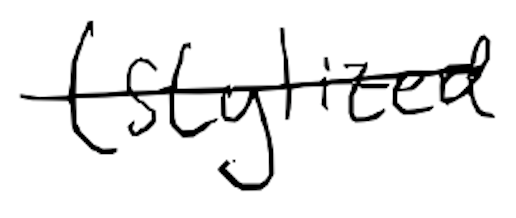
Text: (stylized
Cross-out: single-line
Writing tool: digital_black